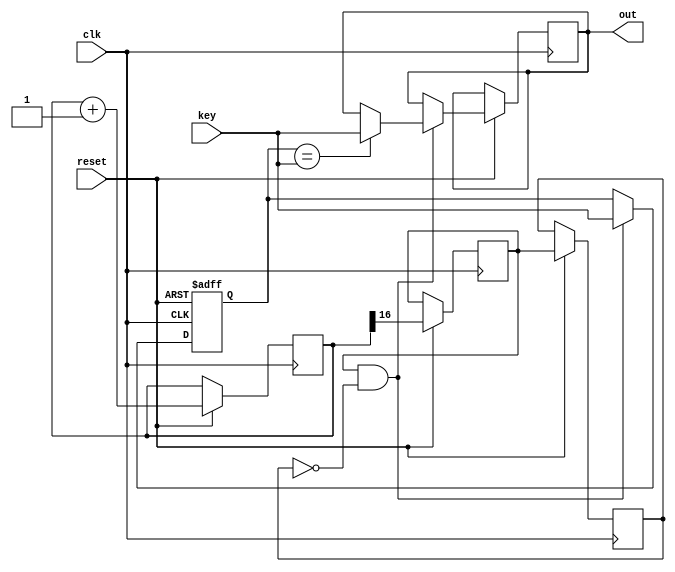
module debounce(key,clk,out,reset);


input key,clk,reset;



reg pre_key;

output out;



reg [22:0]div_count=23'b0;

reg out;


assign ck_1kHz=div_count[16];
reg ck_1k_d1;
reg ck_1k_d2;


assign ck_1k_pos=ck_1k_d1 & ~ck_1k_d2;


always @(posedge clk or negedge reset)

begin
	
	if(!reset)
	begin
	
		pre_key<=1'b1;
	
	end
	
   else begin	
	div_count<=div_count+1;
	ck_1k_d1<= #1 ck_1kHz;
	ck_1k_d2<= #1 ck_1k_d1;
	
	
	if(ck_1k_pos==1)
	begin
		
			if(pre_key==key)
					begin  out<=key; end
					
			else
					begin  out<=out; end
					
			pre_key<=key;			
	
	
	
	
	end

  end

end




 endmodule